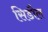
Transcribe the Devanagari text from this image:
सिडौल